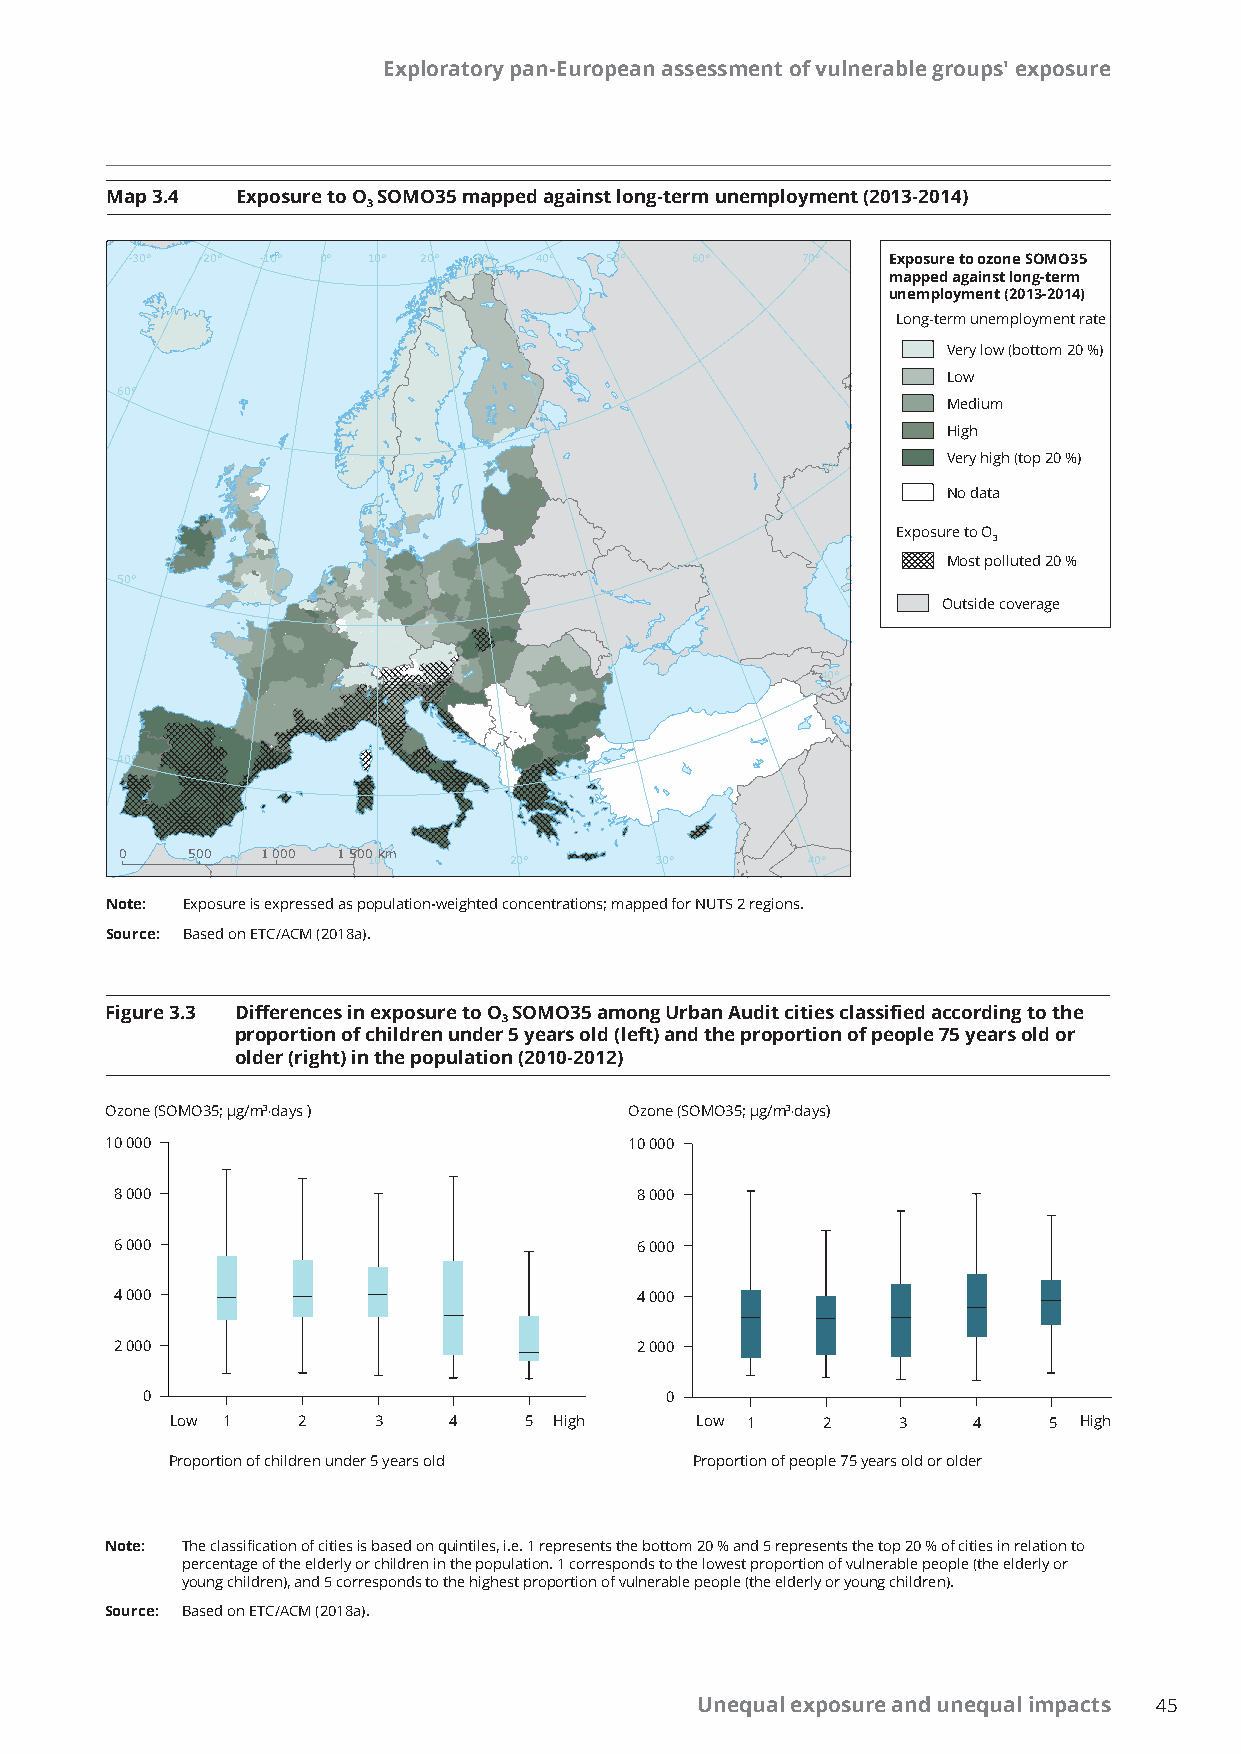
Exploratory pan-European assessment of vulnerable groups' exposure
 Map 3.4  Exposure to O SOMO35 mapped against long-term unemployment (2013-2014)
 3
 -30° -20° -10° 0° 10° 20° 30° 40° 50° 60°    70°   Exposure to ozone SOMO35
 mapped against long-term
 unemployment (2013-2014)
 Long-term unemployment rate
 Very low (bottom 20 %)
 Low
 60°
 Medium
 High
 Very high (top 20 %)
 50°
 No data
 Exposure to O
 3
 Most polluted 20 %
 50°
 Outside coverage
 40°
 40°
 0   500  1000 1500km
 0°       10°       20°      30°       40°
 Note: Exposure is expressed as population-weighted concentrations; mapped for NUTS 2 regions.
 Source: Based on ETC/ACM (2018a).
 Figure 3.3 Differences in exposure to O SOMO35 among Urban Audit cities classified according to the
 3
 proportion of children under 5 years old (left) and the proportion of people 75 years old or
 older (right) in the population (2010-2012)
 Ozone (SOMO35; µg/m3∙days )        Ozone (SOMO35; µg/m3∙days)
 10 000                             10 000
 8 000                             8 000
 6 000                             6 000
 4 000                             4 000
 2 000                             2 000
 0                                  0
 Low 1    2    3    4    5 High     Low 1   2    3    4    5 High
 Proportion of children under 5 years old Proportion of people 75 years old or older
 Note: The classification of cities is based on quintiles, i.e. 1 represents the bottom 20 % and 5 represents the top 20 % of cities in relation to
 percentage of the elderly or children in the population. 1 corresponds to the lowest proportion of vulnerable people (the elderly or
 young children), and 5 corresponds to the highest proportion of vulnerable people (the elderly or young children).
 Source: Based on ETC/ACM (2018a).
 Unequal exposure and unequal impacts 45